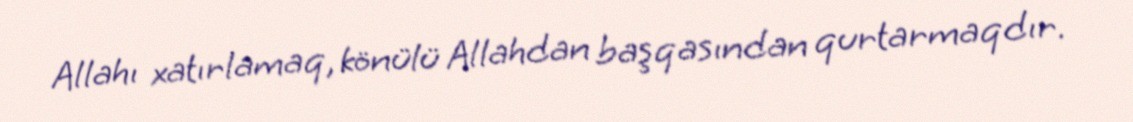
Allahı xatırlamaq, könülü Allahdan başqasından qurtarmaqdır.